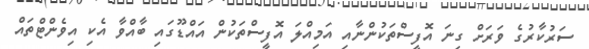
ސަރުކާރުގެ ވަރަށް ގިނަ އޮފީސްތަކުންނާއި އަމިއްލަ އޮފީސްތަކުން އައްޑޫގައި ބާއްވާ އެކި އިވެންޓްތައް